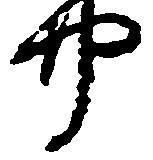
四